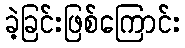
ခဲ့ခြင်းဖြစ်ကြောင်း